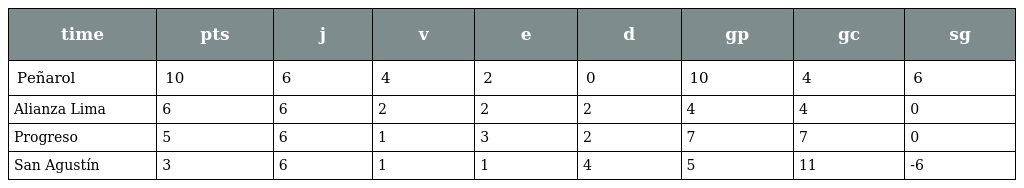
| time | pts | j | v | e | d | gp | gc | sg |
 | --- | --- | --- | --- | --- | --- | --- | --- | --- |
 | Peñarol | 10 | 6 | 4 | 2 | 0 | 10 | 4 | 6 |
 | Alianza Lima | 6 | 6 | 2 | 2 | 2 | 4 | 4 | 0 |
 | Progreso | 5 | 6 | 1 | 3 | 2 | 7 | 7 | 0 |
 | San Agustín | 3 | 6 | 1 | 1 | 4 | 5 | 11 | -6 |